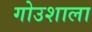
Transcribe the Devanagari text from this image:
गोउशाला